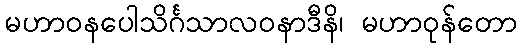
မဟာဝနပေါသိင်္ဂသာလဝနာဒီနိ၊ မဟာဝုန်တော